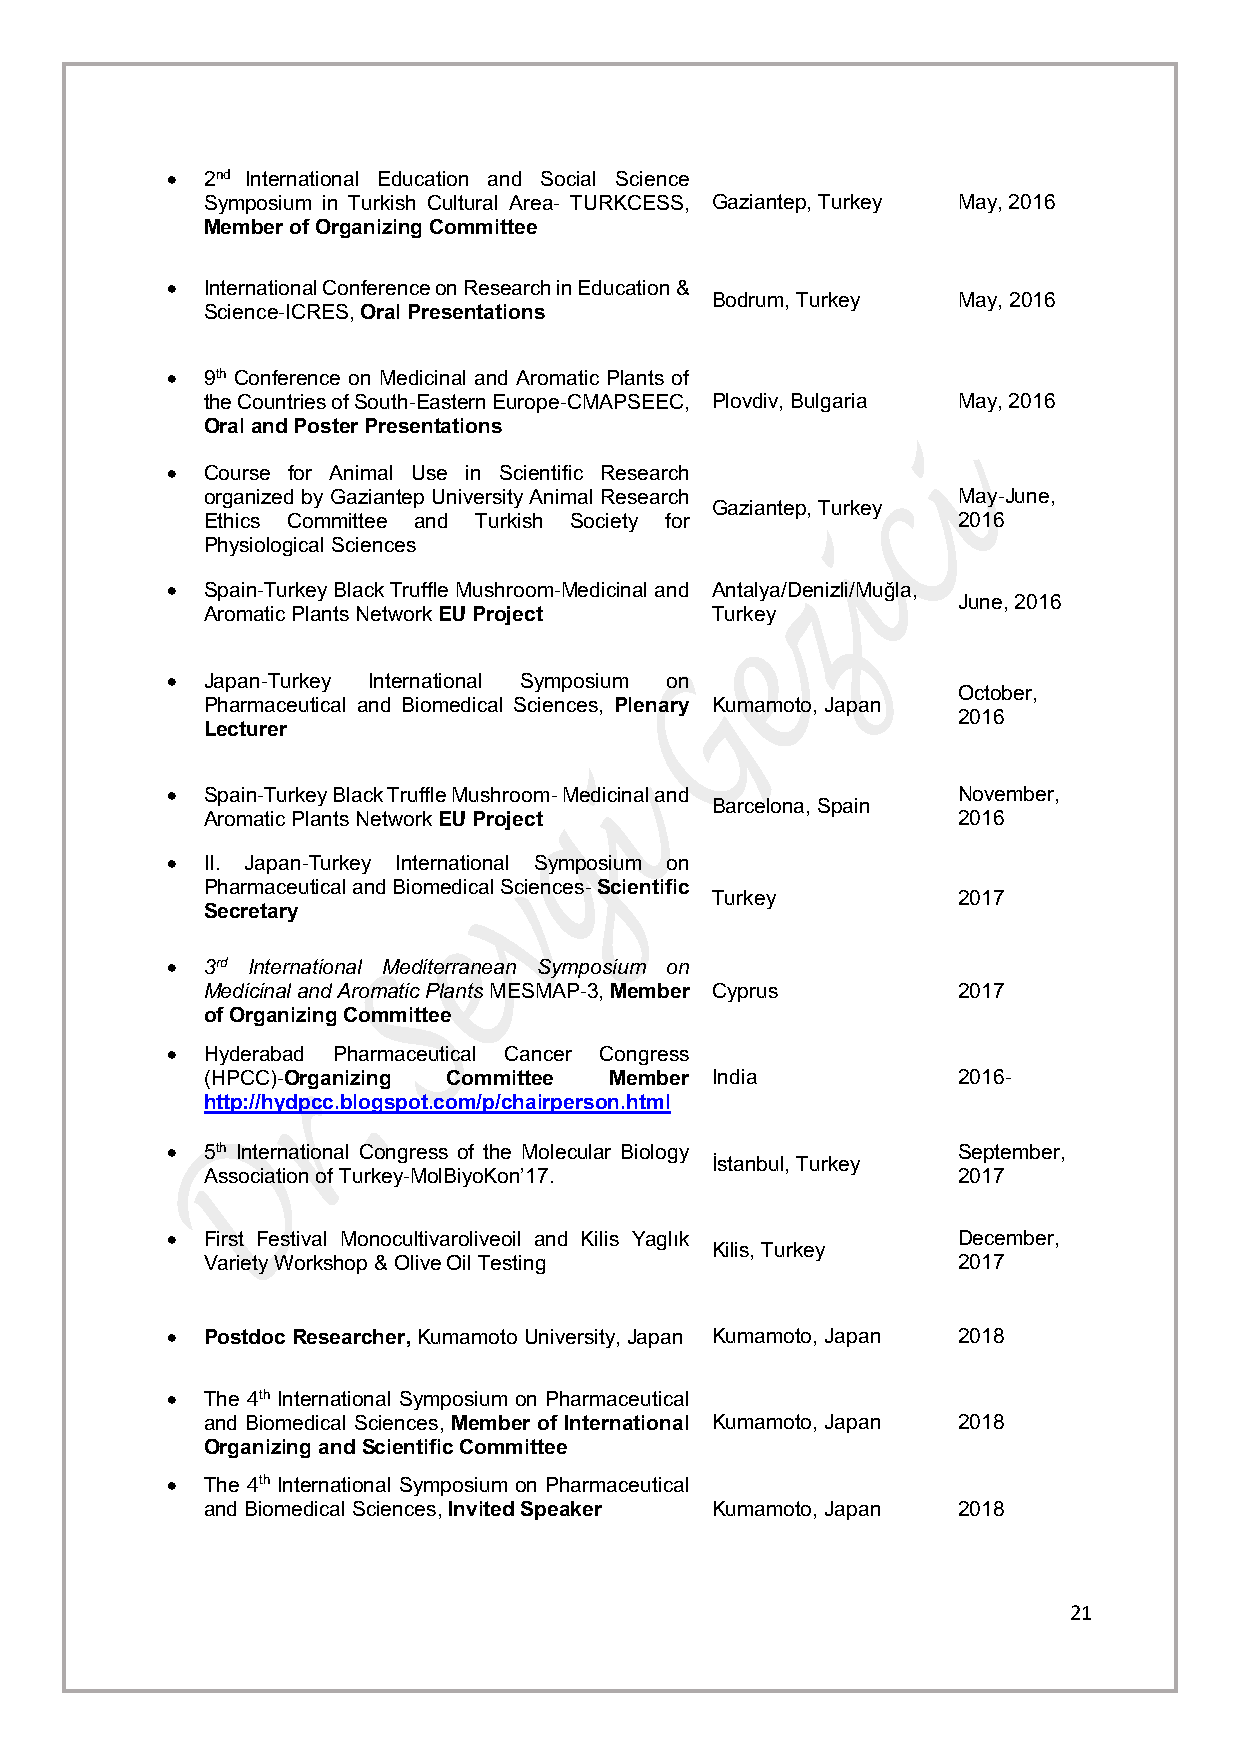
•  2nd International Education and Social Science
 Symposium in Turkish Cultural Area- TURKCESS, Gaziantep, Turkey May, 2016
 Member of Organizing Committee
 •  International Conference on Research in Education &
 Bodrum, Turkey  May, 2016
 Science-ICRES, Oral Presentations
 •  9th Conference on Medicinal and Aromatic Plants of
 the Countries of South-Eastern Europe-CMAPSEEC, Plovdiv, Bulgaria May, 2016
 Oral and Poster Presentations
 •  Course for Animal Use in Scientific Research
 organized by Gaziantep University Animal Research May-June,
 Gaziantep, Turkey
 Ethics Committee and Turkish Society for         2016
 Physiological Sciences
 •  Spain-Turkey Black Truffle Mushroom-Medicinal and Antalya/Denizli/Muğla,
 June, 2016
 Aromatic Plants Network EU Project Turkey
 •  Japan-Turkey International Symposium on
 October,
 Pharmaceutical and Biomedical Sciences, Plenary Kumamoto, Japan
 2016
 Lecturer
 •  Spain-Turkey Black Truffle Mushroom- Medicinal and November,
 Barcelona, Spain
 Aromatic Plants Network EU Project               2016
 •  II. Japan-Turkey International Symposium on
 Pharmaceutical and Biomedical Sciences- Scientific
 Turkey          2017
 Secretary
 •  3rd International Mediterranean Symposium on
 Medicinal and Aromatic Plants MESMAP-3, Member Cyprus 2017
 of Organizing Committee
 •  Hyderabad Pharmaceutical Cancer Congress
 (HPCC)-Organizing Committee Member India         2016-
 http://hydpcc.blogspot.com/p/chairperson.html
 •  5th International Congress of the Molecular Biology September,
 İstanbul, Turkey
 Association of Turkey-MolBiyoKon’17.             2017
 •  First Festival Monocultivaroliveoil and Kilis Yaglık December,
 Kilis, Turkey
 Variety Workshop & Olive Oil Testing             2017
 •  Postdoc Researcher, Kumamoto University, Japan Kumamoto, Japan 2018
 •  The 4th International Symposium on Pharmaceutical
 and Biomedical Sciences, Member of International Kumamoto, Japan 2018
 Organizing and Scientific Committee
 •  The 4th International Symposium on Pharmaceutical
 and Biomedical Sciences, Invited Speaker Kumamoto, Japan 2018
 21